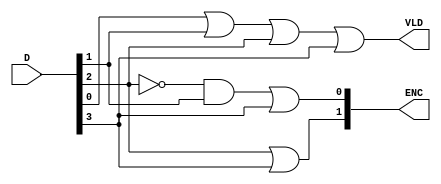
module priority_encoder
(
  input [3:0] D,
  output [1:0] ENC,
  output VLD
);

  assign ENC[0] = (~D[2] & D[1]) | D[3];
  assign ENC[1] = D[2] | D[3];
  assign VLD = D[0] | D[1] | D[2] | D[3];
endmodule